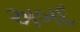
અબદ